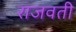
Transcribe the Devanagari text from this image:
राजवती